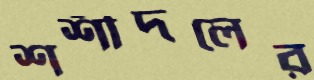
শশীদলের